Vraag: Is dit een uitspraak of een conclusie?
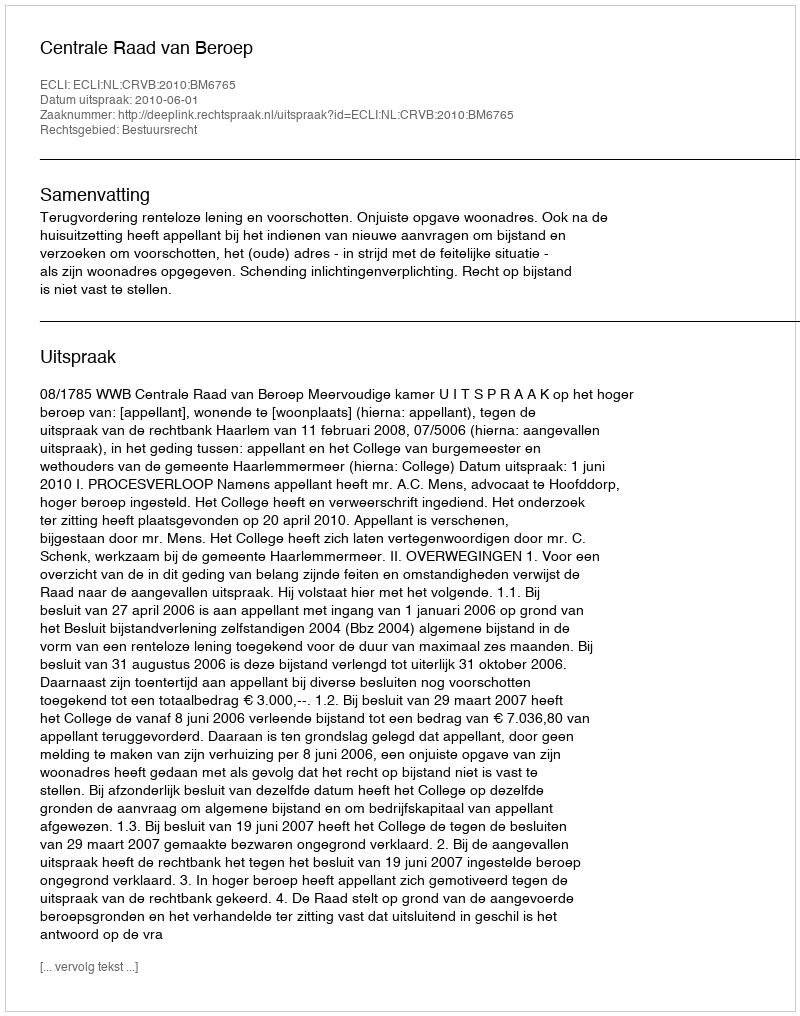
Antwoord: Uitspraak